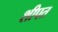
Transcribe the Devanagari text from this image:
शीपत